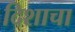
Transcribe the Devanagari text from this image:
दिशाचा